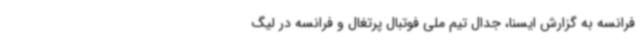
فرانسه به گزارش ایسنا، جدال تیم ملی فوتبال پرتغال و فرانسه در لیگ